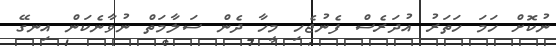
ނުކޮށް ހަމަ ހަތަރު އުދަރެސް ފެނުޖެހި މީހާ ދެން ސަލާމަތް ނުވާނެކަން އިނގޭ